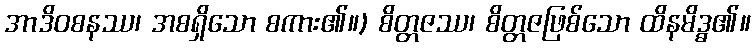
အာဒိဝစနဿ၊ အစရှိသော စကား၏။) စိတ္တဇဿ၊ စိတ္တဇဖြစ်သော ထိနမိဒ္ဓ၏။